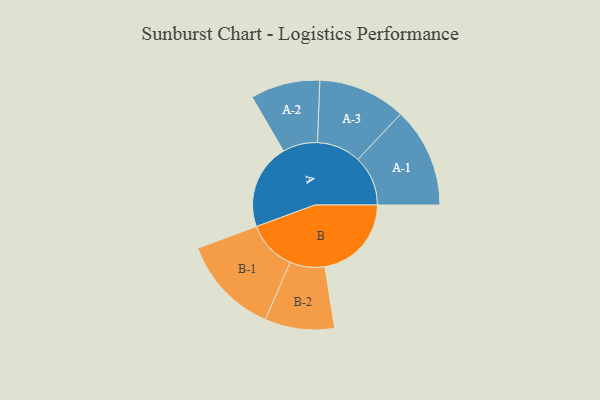
{"axis": {"x": "Segment", "y": "Value"}, "legend": ["", "A", "B"], "data": [{"x": "A", "y": 477, "type": ""}, {"x": "B", "y": 483, "type": ""}, {"x": "A-1", "y": 279, "type": "A"}, {"x": "A-2", "y": 194, "type": "A"}, {"x": "A-3", "y": 245, "type": "A"}, {"x": "B-1", "y": 277, "type": "B"}, {"x": "B-2", "y": 194, "type": "B"}]}